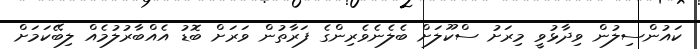
ކައުންސިލުން ވިދާޅުވީ މިރަށު ސްކޫލަށް ބެލެނެވެރިންގެ ފަރާތުން ވަރަށް ބޮޑު އެއްބާރުލުމެއް ލިބޭކަމަށް